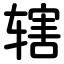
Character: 辖